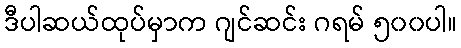
ဒီပါဆယ်ထုပ်မှာက ဂျင်ဆင်း ဂရမ် ၅၀၀ပါ။